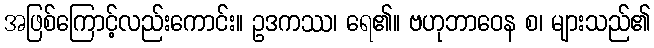
အဖြစ်ကြောင့်လည်းကောင်း။ ဥဒကဿ၊ ရေ၏။ ဗဟုဘာဝေန စ၊ များသည်၏